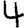
Digit: 4